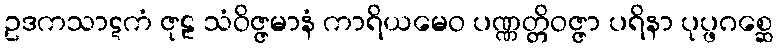
ဥဒကသာဋကံ ဇုဠ သံဝိဇ္ဇမာနံ ကာရိယမေဝ ပဏ္ဏတ္တိဝဇ္ဇာ ပရိနာ ပုပ္ဖဂစ္ဆေ